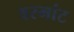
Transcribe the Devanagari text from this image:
वरमांट